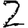
Digit: 2